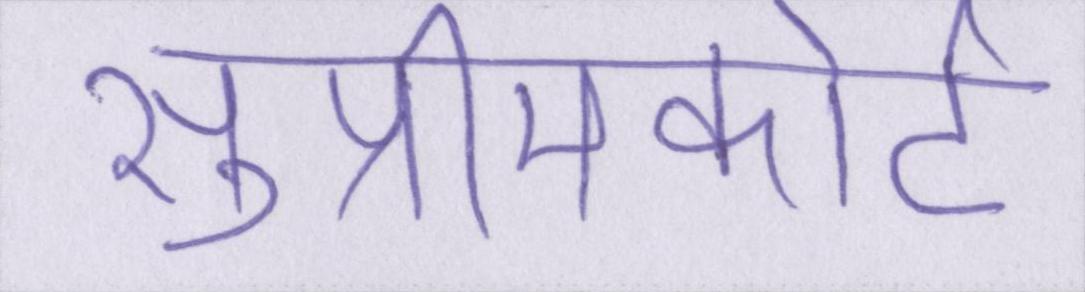
सुप्रीमकोर्ट